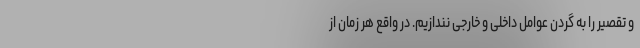
و تقصیر را به گردن عوامل داخلی و خارجی نندازیم. در واقع هر زمان از